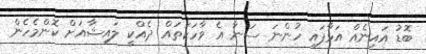
ބޮޑު އައިނެއް އަޅާފައި ހުންނަ ސަނާ އެ ވާހަކަތައް ދެއްކީ ލައިޝާއަށް ކޮންމެހެން